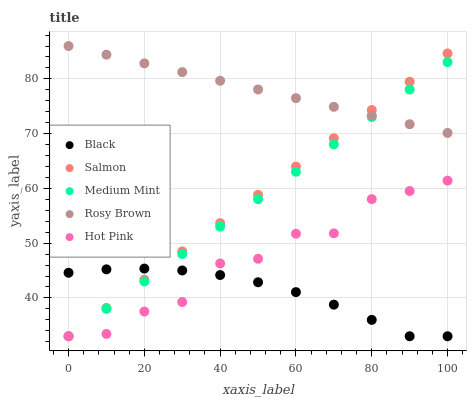
| xaxis_label | Black | Salmon | Medium Mint | Rosy Brown | Hot Pink |
 | --- | --- | --- | --- | --- | --- |
 | 0 | 44.6 | 33 | 33 | 86 | 33 |
 | 10 | 45.2 | 38.2 | 38 | 84.4 | 33.4 |
 | 20 | 45.4 | 43.3 | 43 | 82.8 | 37.5 |
 | 30 | 45 | 48.5 | 48 | 81.2 | 39.2 |
 | 40 | 44.2 | 53.7 | 53 | 79.7 | 46.3 |
 | 50 | 42.9 | 58.8 | 58 | 78.1 | 47.1 |
 | 60 | 41.1 | 64 | 63 | 76.5 | 51.7 |
 | 70 | 38.8 | 69.2 | 68 | 74.9 | 51.8 |
 | 80 | 36 | 74.3 | 73 | 73.3 | 58 |
 | 90 | 33 | 79.5 | 78.1 | 71.7 | 59.5 |
 | 100 | 33 | 84.6 | 83.1 | 70.1 | 61.4 |